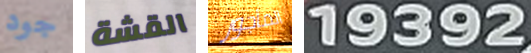
جود القشة المأجور 19392